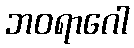
ဘဝရာဂေါ